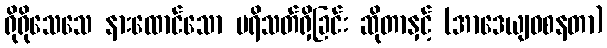
ရိုရိုသေသေ နားထောင်သော ပရိသတ်ရှိခြင်း ဆိုတာနှင့် (အာဒေယျဝစနတာ)